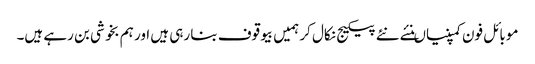
موبائل فون کمپنیاںنئے نئے پیکیج نکال کر ہمیں بیوقوف بنا رہی ہیں اور ہم بخوشی بن رہے ہیں۔